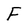
Character: F